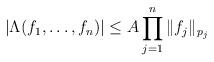
LaTeX: \begin{align*}|\Lambda(f_1,\dots, f_{n})|\le A \prod_{j=1}^{n}\|f_j\|_{p_j}\end{align*}